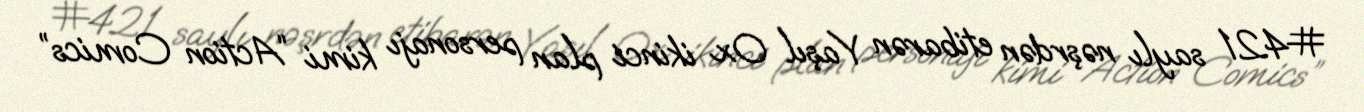
#421 saylı nəşrdən etibarən Yaşıl Ox ikinci plan personajı kimi “Action Comics”